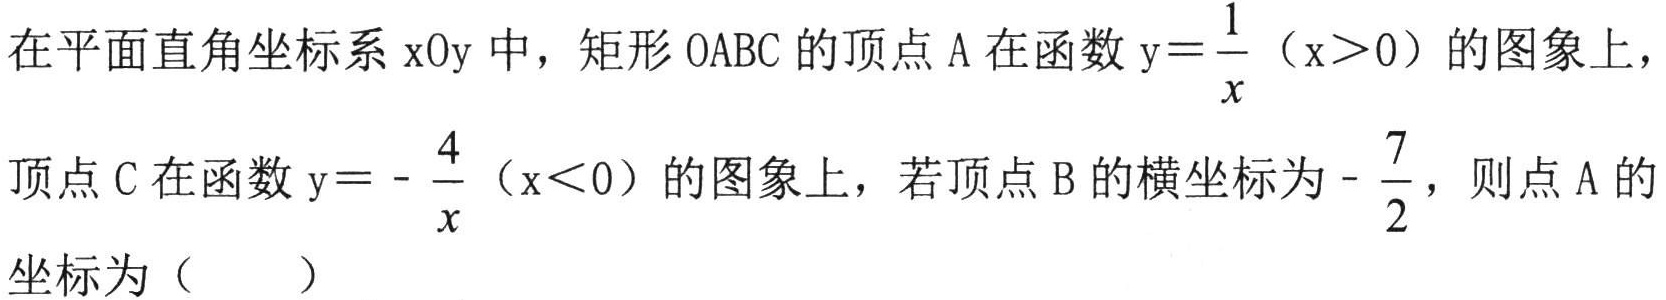
在平面直角坐标系$\text{xOy}$中，矩形$\text{OABC}$的顶点$\text{A}$在函数$\text{y}=\dfrac{1}{x}$（$\text{x}>0$）的图象上，顶点$\text{C}$在函数$\text{y}=-\dfrac{4}{x}$（$\text{x}<0$）的图象上，若顶点$\text{B}$的横坐标为$-\dfrac{7}{2}$，则点$\text{A}$的坐标为（  ）